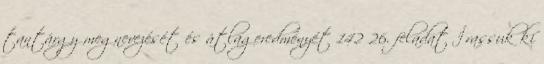
tantárgy megnevezését és átlageredményét 142 26. feladat Írassuk ki